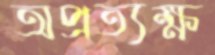
অপ্রত্যক্ষ